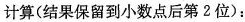
计算(结果保留到小数点后第2位)：